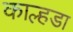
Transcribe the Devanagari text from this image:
काल्हडा